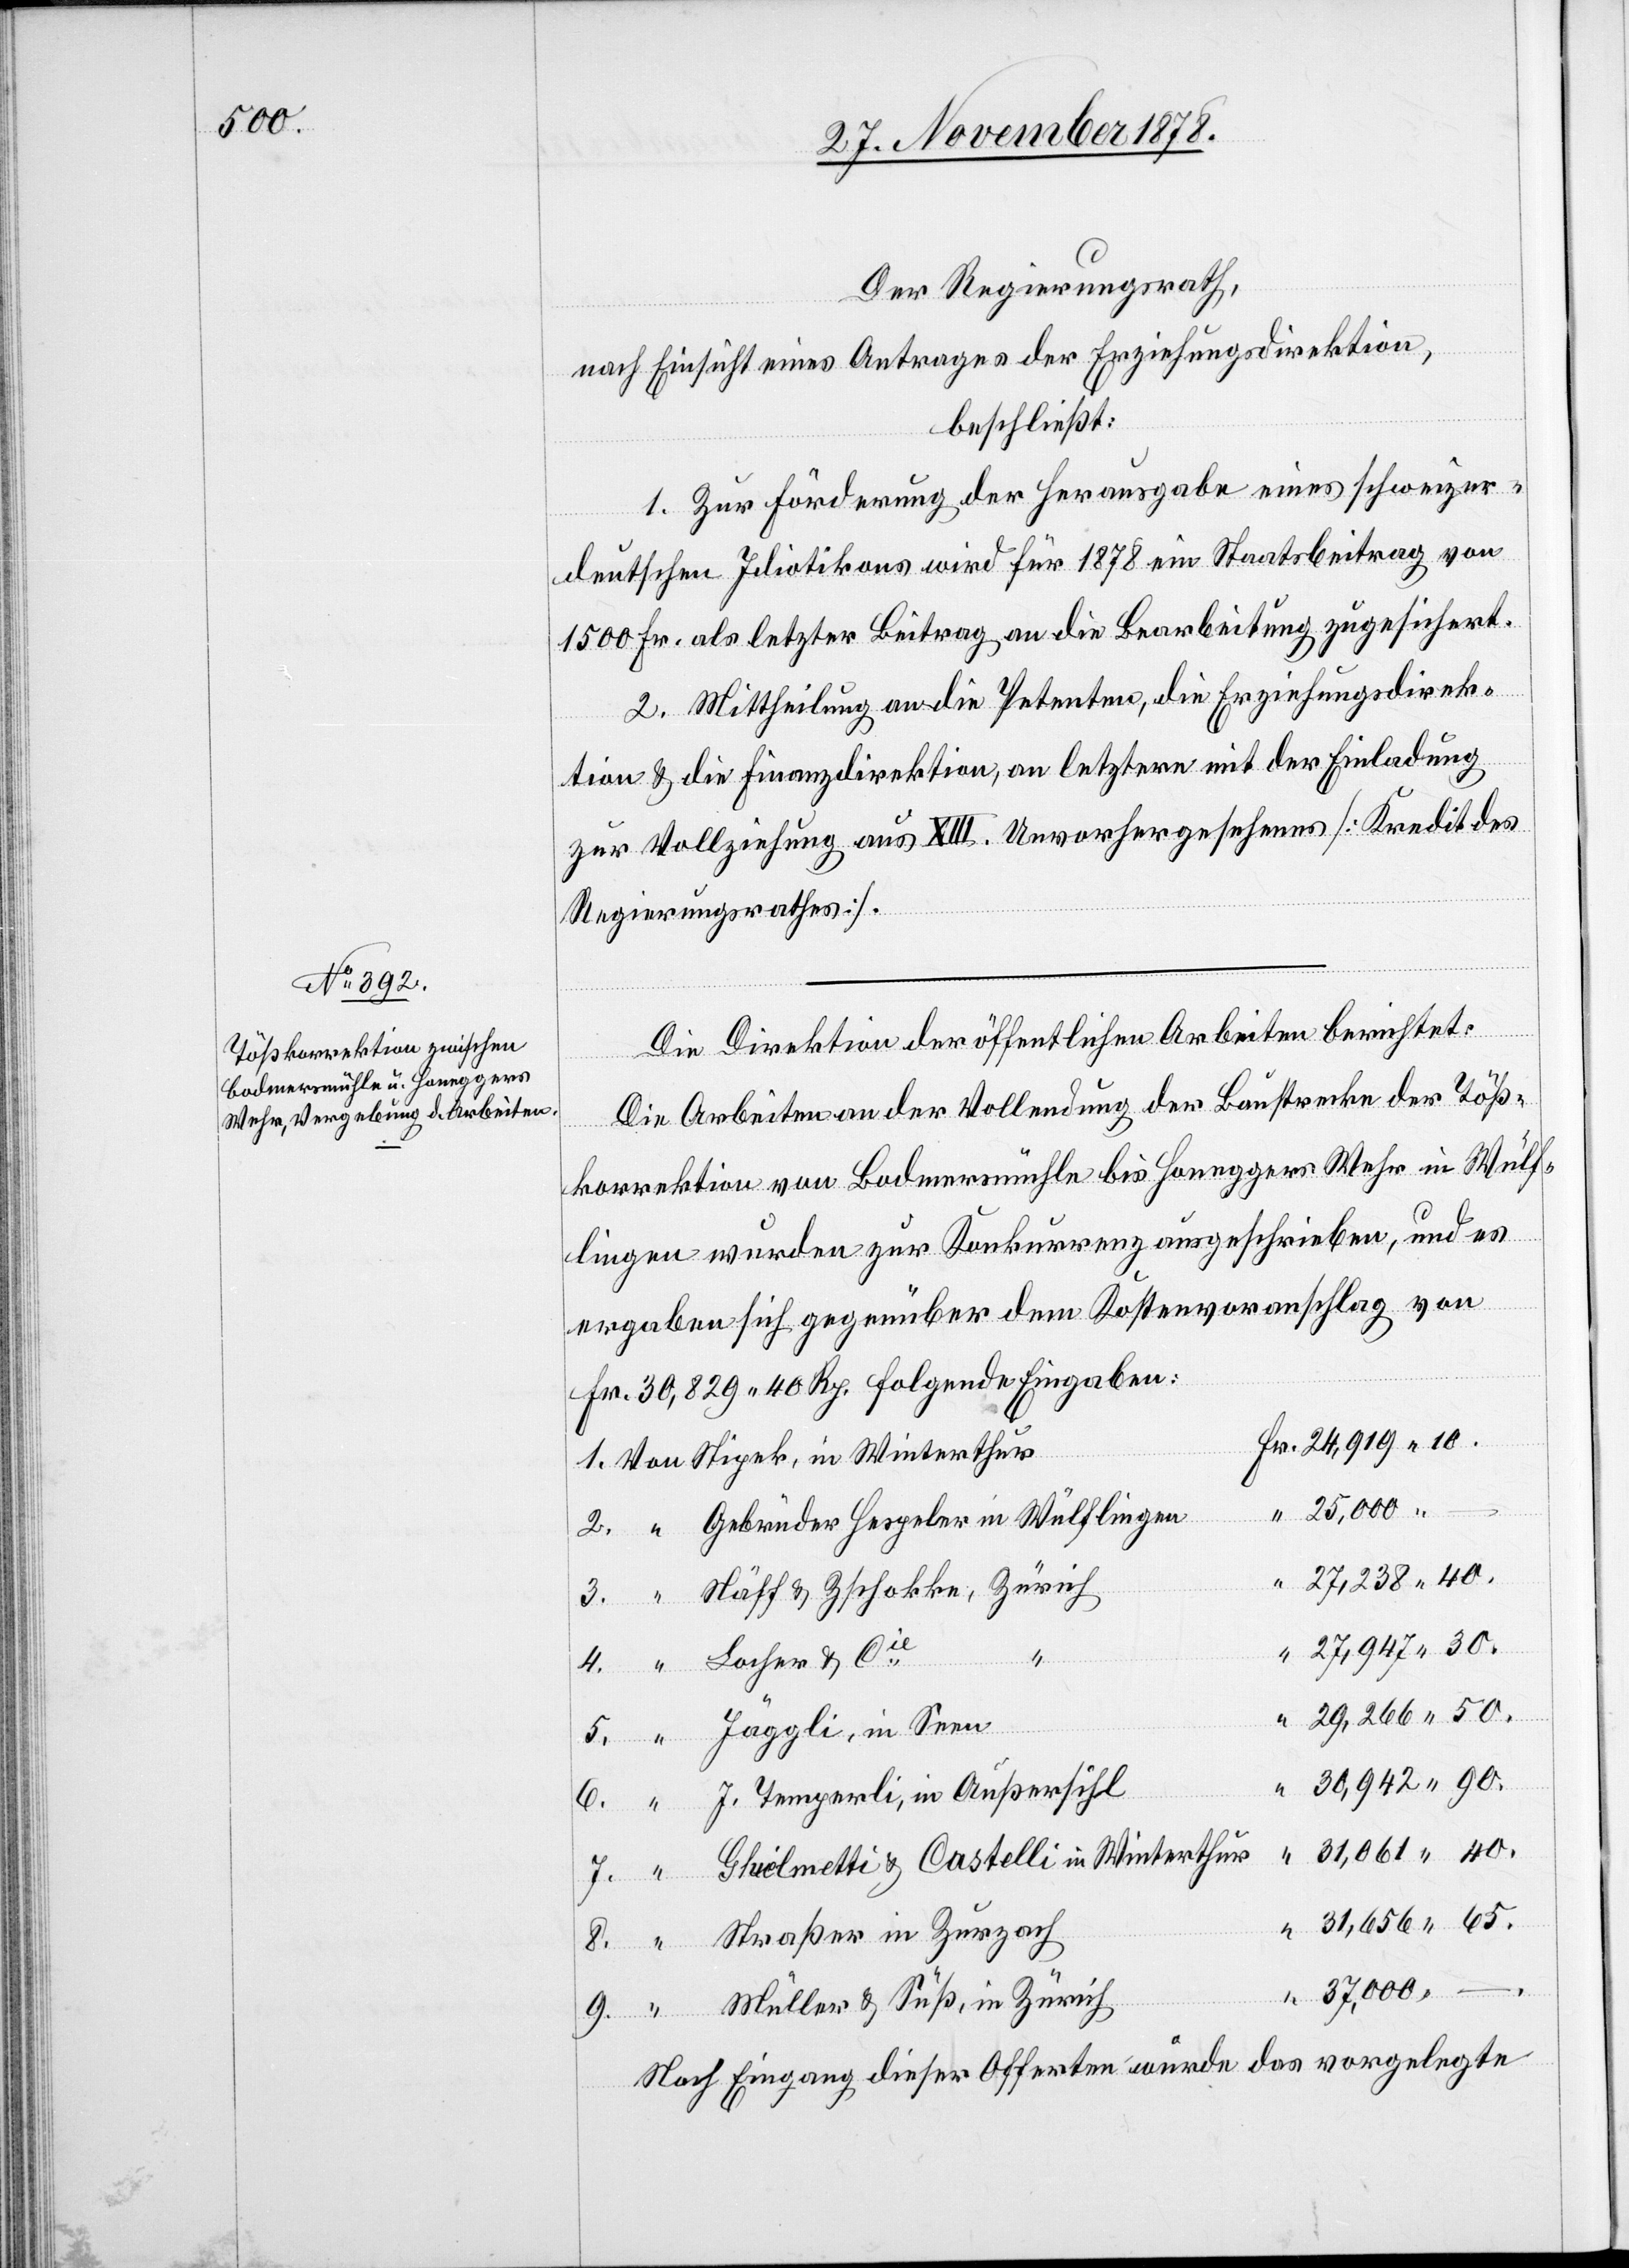
50.

Der Regierungsrath,
nach Einsicht eines Antrages der Erziehungsdirektion,
beschließt:
1. Zur Förderung der Herausgabe eines schweizer¬
deutschen Idiotikons wird für 1878 ein Staatsbeitrag von
1500 Fr. als letzter Beitrag an die Bearbeitung zugesichert.
2. Mittheilung an die Petenten, die Erziehungsdirek¬
tion & die Finanzdirektion, an letztere mit der einladung
zur Vollziehung aus XIII. Unvorhergesehenes [Kredit des
Regierungsrathes].
Die Direktion der öffentlichen Arbeiten berichtet:
9.
Die Arbeiten an der Vollendung der Baustrecke der Töß¬
korrektion von Bodmersmühle bis Honeggers Wehr in Wülf¬
lingen wurden zur Konkurrenz ausgeschrieben, und es
ergaben sich gegenüber dem Kostenvoranschlag von
Fr. 30,289 40 Rp. folgende Eingaben:
Gebrüder Hespeler in Wülflingen
40.
Näff & Zschokke, Zürich
Müller
4.
J. Temperli, in Außersihl
Gluélmetti & Castelli in Winterthur
Straßer in Zurzach
& Süß, in
37,000
–.
Nach Eingang dieser Offerten wurde das vorgelegte